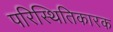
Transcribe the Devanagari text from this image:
परिस्थितिकारक